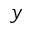
y